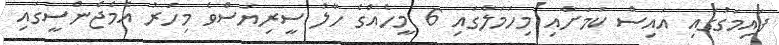
ފައިމަގުގައި އައިސް ކަމަށާއި މިހަމަލާގައި 6 މީހެއްގެ ހާލު ސީރިޔަސްވެ މިހަރު އެމެޖެންސީގައި